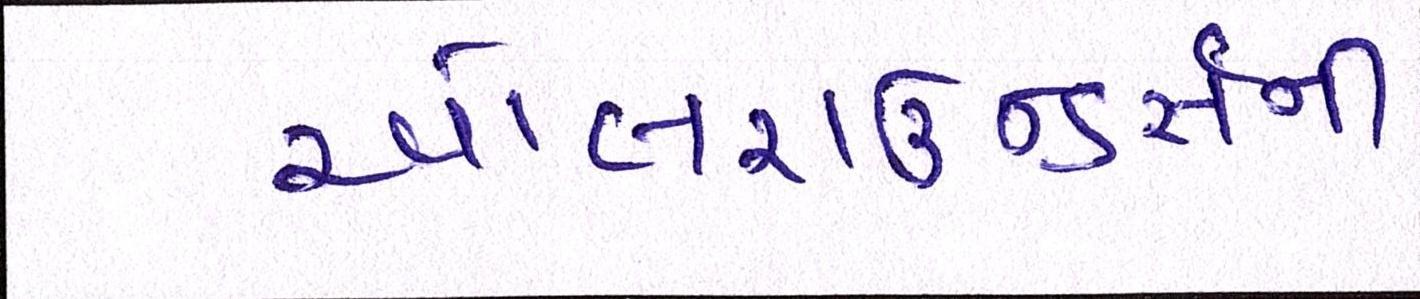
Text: ઓલરાઉન્ડર્સની